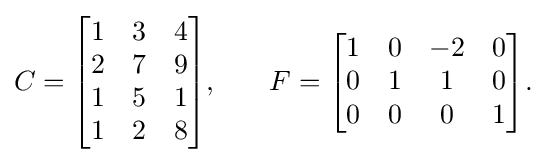
C={\begin{bmatrix}1&3&4\\2&7&9\\1&5&1\\1&2&8\end{bmatrix}}{\text{,}}\qquad F={\begin{bmatrix}1&0&-2&0\\0&1&1&0\\0&0&0&1\end{bmatrix}}{\text{.}}